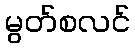
မွတ်စလင်